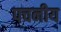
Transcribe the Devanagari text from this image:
पचनीय